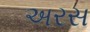
અરસ